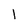
Character: l